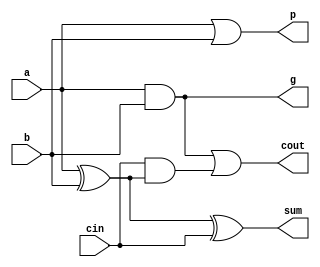
module full_adder (
    input wire a,
    input wire b,
    input wire cin,
    output wire sum,
    output wire cout,
    output wire g,
    output wire p
);
    assign sum = a ^ b ^ cin; // Sum output
    assign cout = (a & b) | (cin & (a ^ b)); // Carry out
    assign g = a & b; // Generate
    assign p = a | b; // Propagate
endmodule